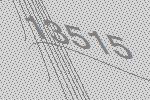
13515